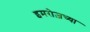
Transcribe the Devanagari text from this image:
इमरोज़च्या